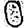
Digit: 0